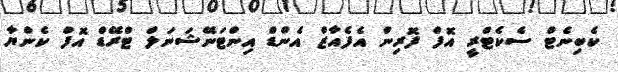
ކެބިނެޓް ސެކެޓްރީ އޮފް ފޮރިން އެފެއާޒް އެންޑް އިންޓަނޭޝަނަލް ޓްރޭޑް އޮފް ކެންޔާ